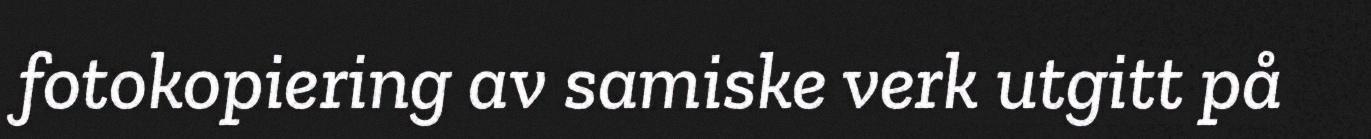
fotokopiering av samiske verk utgitt på